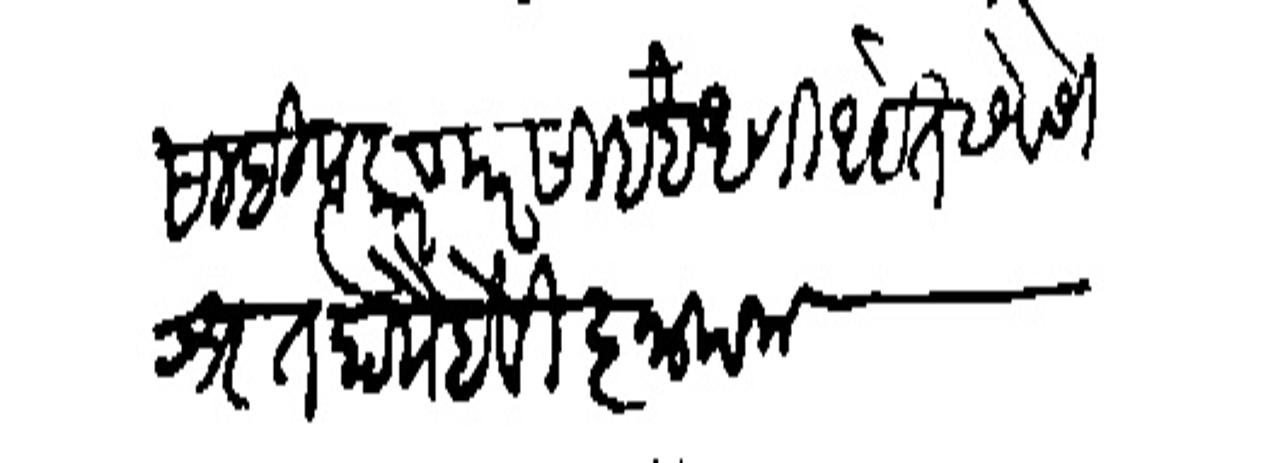
Transliteration (Devanagari): साहित्य करणार साहेब धणो आहेत सेवेसी शृत होये हे विज्ञापना